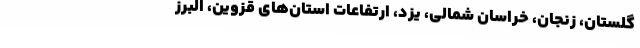
گلستان، زنجان، خراسان شمالی، یزد، ارتفاعات استان‌های قزوین، البرز